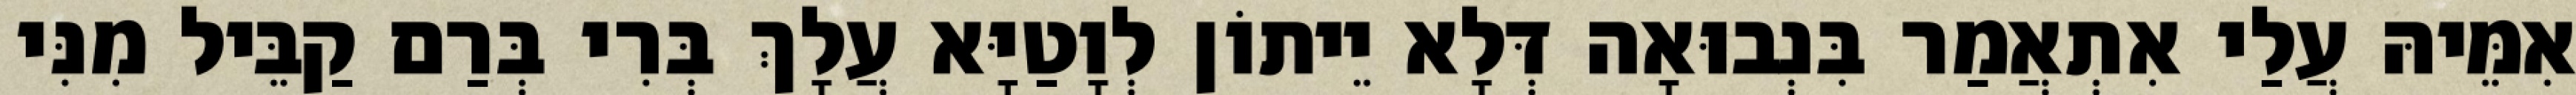
אִמֵּיהּ עֲלַי אִתְאֲמַר בִּנְבוּאָה דְּלָא יֵיתוֹן לְוָטַיָּא עֲלָךְ בְּרִי בְּרַם קַבֵּיל מִנִּי